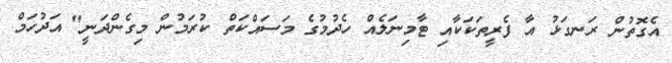
އެގޮތުން ރަނގަޅު އާ ފެރީތަކަކާއި ޓާމިނަލެއް ހެދުމުގެ މަސައްކަތް ކުރަމުން މިގެންދަނީ" އަދުހަމް